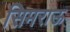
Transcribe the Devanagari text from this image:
सिमराऊ